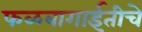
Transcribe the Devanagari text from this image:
फळबागाईतीचे